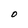
Character: O